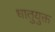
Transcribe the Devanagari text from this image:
धातुयुक्त